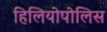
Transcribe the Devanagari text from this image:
हिलियोपोलिस